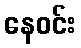
နေဝင်း